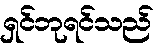
ရှင်ဘုရင်သည်